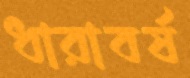
ধারাবর্ষ